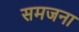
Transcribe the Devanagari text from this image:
समजना